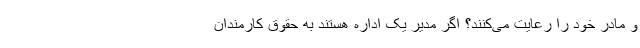
و مادر خود را رعایت می‌کنند؟ اگر مدیر یک اداره هستند به حقوق کارمندان